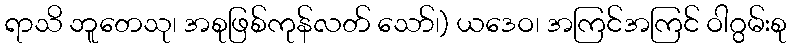
ရာသိ ဘူတေသု၊ အစုဖြစ်ကုန်လတ် သော်၊) ယဒေဝ၊ အကြင်အကြင် ဝါဂွမ်းစု